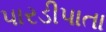
પારડીપાતા